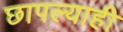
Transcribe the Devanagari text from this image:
छापल्याही